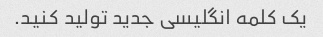
یک کلمه انگلیسی جدید تولید کنید.